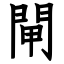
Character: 閘